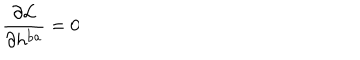
\frac { \partial { \cal L } } { \partial h ^ { \mathrm { b a } } } = 0